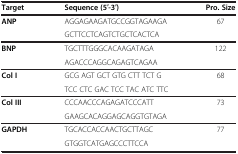
<table><thead><tr><td><b>Target</b></td><td><b>Sequence (5′-3′)</b></td><td><b>Pro. Size</b></td></tr></thead><tbody><tr><td><b>ANP</b></td><td>AGGAGAAGATGCCGGTAGAAGA</td><td>67</td></tr><tr><td> </td><td>GCTTCCTCAGTCTGCTCACTCA</td><td> </td></tr><tr><td><b>BNP</b></td><td>TGCTTTGGGCACAAGATAGA</td><td>122</td></tr><tr><td> </td><td>AGACCCAGGCAGAGTCAGAA</td><td> </td></tr><tr><td><b>Col I</b></td><td>GCG AGT GCT GTG CTT TCT G</td><td>68</td></tr><tr><td> </td><td>TCC CTC GAC TCC TAC ATC TTC</td><td> </td></tr><tr><td><b>Col III</b></td><td>CCCAACCCAGAGATCCCATT</td><td>73</td></tr><tr><td> </td><td>GAAGCACAGGAGCAGGTGTAGA</td><td> </td></tr><tr><td><b>GAPDH</b></td><td>TGCACCACCAACTGCTTAGC</td><td>77</td></tr><tr><td> </td><td>GTGGTCATGAGCCCTTCCA</td><td> </td></tr></tbody></table>